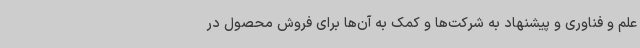
علم و فناوری و پیشنهاد به شرکت‌ها و کمک به آن‌ها برای فروش محصول در